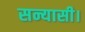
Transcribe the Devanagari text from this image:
सन्यासी।